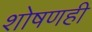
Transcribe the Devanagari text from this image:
शोषणही